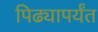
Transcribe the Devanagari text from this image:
पिढ्यापर्यंत